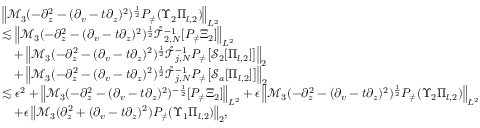
\begin{array} { r l } & { \left\| \mathcal { M } _ { 3 } ( - \partial _ { z } ^ { 2 } - ( \partial _ { v } - t \partial _ { z } ) ^ { 2 } ) ^ { \frac 1 2 } P _ { \neq } ( \Upsilon _ { 2 } \Pi _ { l , 2 } ) \right\| _ { L ^ { 2 } } } \\ & { \lesssim \left\| \mathcal { M } _ { 3 } ( - \partial _ { z } ^ { 2 } - ( \partial _ { v } - t \partial _ { z } ) ^ { 2 } ) ^ { \frac 1 2 } \mathring { \mathcal { T } } _ { 2 , N } ^ { - 1 } [ P _ { \neq } \Xi _ { 2 } ] \right\| _ { L ^ { 2 } } } \\ & { \quad + \left\| \mathcal { M } _ { 3 } ( - \partial _ { z } ^ { 2 } - ( \partial _ { v } - t \partial _ { z } ) ^ { 2 } ) ^ { \frac 1 2 } \mathring { \mathcal { T } } _ { j , N } ^ { - 1 } P _ { \neq } \big [ \mathcal { S } _ { 2 } [ \Pi _ { l , 2 } ] \big ] \right\| _ { 2 } } \\ & { \quad + \left\| \mathcal { M } _ { 3 } ( - \partial _ { z } ^ { 2 } - ( \partial _ { v } - t \partial _ { z } ) ^ { 2 } ) ^ { \frac 1 2 } \mathring { \mathcal { T } } _ { j , N } ^ { - 1 } P _ { \neq } \big [ \mathcal { S } _ { a } [ \Pi _ { l , 2 } ] \big ] \right\| _ { 2 } } \\ & { \lesssim \epsilon ^ { 2 } + \left\| \mathcal { M } _ { 3 } ( - \partial _ { z } ^ { 2 } - ( \partial _ { v } - t \partial _ { z } ) ^ { 2 } ) ^ { - \frac 1 2 } [ P _ { \neq } \Xi _ { 2 } ] \right\| _ { L ^ { 2 } } + \epsilon \left\| \mathcal { M } _ { 3 } ( - \partial _ { z } ^ { 2 } - ( \partial _ { v } - t \partial _ { z } ) ^ { 2 } ) ^ { \frac 1 2 } P _ { \neq } ( \Upsilon _ { 2 } \Pi _ { l , 2 } ) \right\| _ { L ^ { 2 } } } \\ & { \quad { + \epsilon \left\| \mathcal { M } _ { 3 } ( \partial _ { z } ^ { 2 } + ( \partial _ { v } - t \partial _ { z } ) ^ { 2 } ) P _ { \neq } ( \Upsilon _ { 1 } \Pi _ { l , 2 } ) \right\| _ { 2 } } , } \end{array}